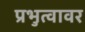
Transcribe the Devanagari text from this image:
प्रभुत्वावर